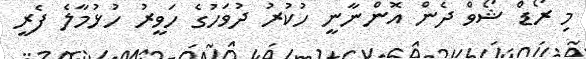
މި ރޯޑް ޝޯވް ދެން އޮންނާނީ ހުކުރު ދުވަހުގެ ހަވީރު ހުޅުމާލެ ފެރީ